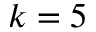
k = 5